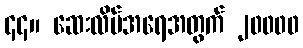
၄၄။ ဆေးလိပ်အရေအတွက် ၂၀၀၀၀